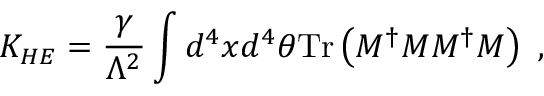
K _ { H E } = { \frac { \gamma } { \Lambda ^ { 2 } } } \int d ^ { 4 } x d ^ { 4 } \theta \mathrm { T r } \left( M ^ { \dag } M M ^ { \dag } M \right) \ ,